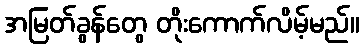
အမြတ်ခွန်တွေ တိုးကောက်လိမ့်မည်။